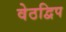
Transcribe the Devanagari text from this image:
वेठद्विप